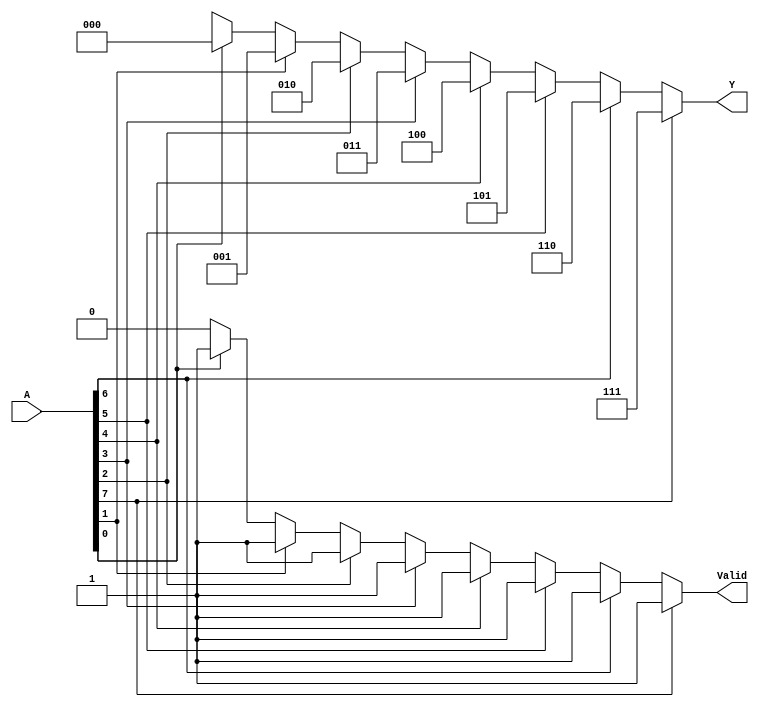
module decoder_for (A,Y, Valid);
input [7:0] A;
output reg [2:0] Y;
output reg Valid;
integer N;
always @ (A)
    begin
    Valid = 0;
    Y = 3'bx;
    for (N = 0; N < 8; N = N + 1)
    if (A[N])
    begin
    Valid = 1;
    Y = N;
end
end
endmodule